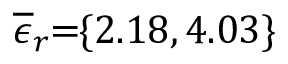
\! \overline { { \epsilon } } _ { r } \! \! = \! \! \{ 2 . 1 8 , 4 . 0 3 \} \!